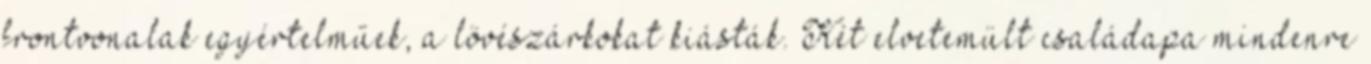
frontvonalak egyértelműek, a lövészárkokat kiásták. Két elvetemült családapa mindenre